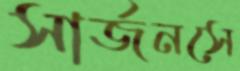
সার্জনসে